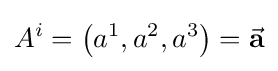
A^{i}=\left(a^{1},a^{2},a^{3}\right)={\vec {\mathbf {a} }}